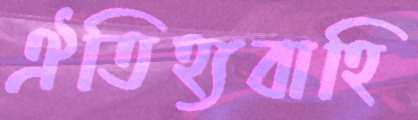
ঐতিহ্যবাহি